Indian journal of veterinary science and animal husbandry - Volumes 22-23, 1952-1953
Year: 1952
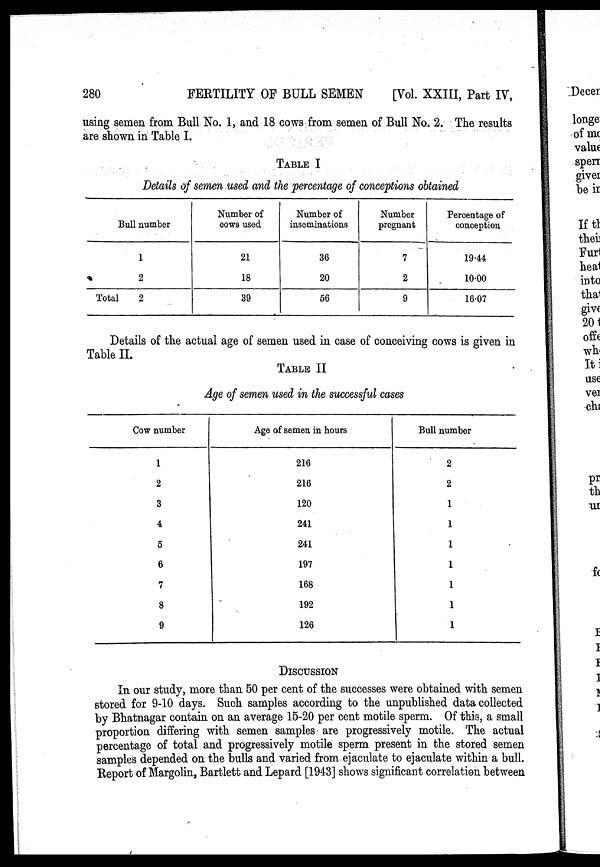
280
FERTILITY OF BULL SEMEN
[Vol. XXIII, Part IV,
using semen from Bull No. 1, and 18 cows from semen of Bull No. 2. The results
are shown in Table I.
TABLE I
Details of semen used and the percentage of conceptions obtained
Bull number
1
2
Total
2
Number of
cows used
21
18
39
Number of
inseminations
36
20
56
Number
pregnant
7
2
9
Percentage of
conception
19.44
10.00
16.07
Details of the actual age of semen used in case of conceiving cows is given in
Table II.
TABLE II
Age of semen used in the successful cases
Cow number
1
2
3
4
6
6
7
8
9
Age of semen in hours
216
216
120
241
241
197
168
192
126
Bull number
2
2
1
1
1
1
1
1
1
DISCUSSION
In our study, more than 50 per cent of the successes were obtained with semen
stored for 9-10 days. Such samples according to the unpublished data collected
by Bhatnagar contain on an average 15-20 per cent motile sperm. Of this, a small
proportion differing with semen samples are progressively motile. The actual
percentage of total and progressively motile sperm present in the stored semen
samples depended on the bulls and varied from ejaculate to ejaculate within a bull.
Report of Margolin, Bartlett and Lepard [1943] shows significant correlation between